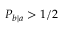
P _ { b | a } > 1 / 2